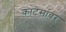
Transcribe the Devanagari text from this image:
कांटेसांवर